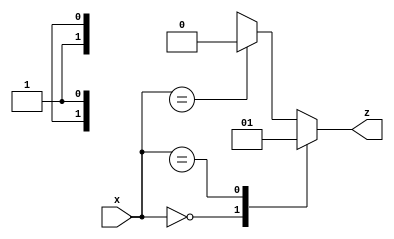
module x_based_case_statement (
    input wire [2:0] x,
    output reg z
);

always @(*)
begin
    case (x)
        3'b000: z = 1'b0; // behavior for x=000
        3'b0X1: z = 1'b1; // behavior for x=001
        3'b01X: z = 1'b0; // behavior for x=010
        3'b011: z = 1'b1; // behavior for x=011
        default: z = 1'bx; // default behavior for all other cases
    endcase
end

endmodule